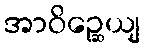
အာဝိဉ္ဆေယျ